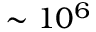
\sim 1 0 ^ { 6 }